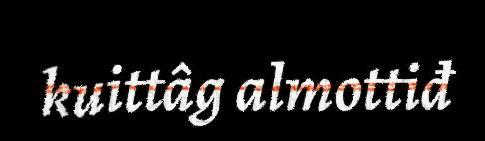
kuittâg almottiđ